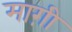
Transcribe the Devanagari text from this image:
माग़ी